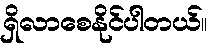
ရှိလာစေနိုင်ပါတယ်။